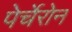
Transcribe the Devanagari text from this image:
पेर्चेरोन